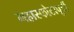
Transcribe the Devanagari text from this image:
महास्फोटापूर्वी